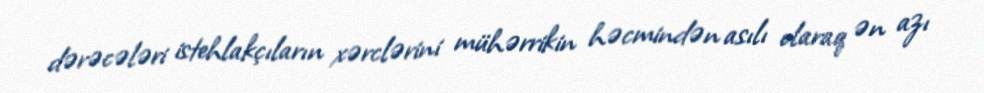
dərəcələri istehlakçıların xərclərini mühərrikin həcmindən asılı olaraq ən azı